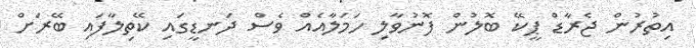
އިތުރުން ޖެރާޑް ޕީކޭ ބޮލުން ފޮނުވާލި ހަމަލާއެއް ވެސް ދަނޑީގައި ކޭތިލާފައި ބޭރަށް